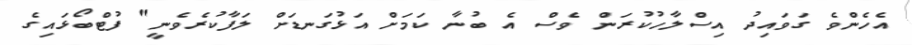
އެހެންވެ ގަވައިދު އިސްލާހުކުރަން ވެސް އެ ބުނާ ކަމަށް އަޅުގަނޑަށް ލަފާކުރެވެނީ" ފުޓްބޯޅައިގެ